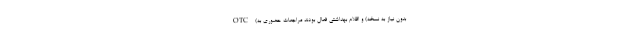
OTC (بدون نیاز به نسخه) و اقلام بهداشتی فعال بودند مراجعات حضوری به